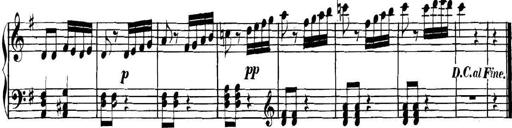
Title: Collected Piano Sonatas
Composer: Muzio Clementi